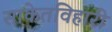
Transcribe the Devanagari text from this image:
साकेतविहारी